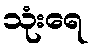
သုံးရေ